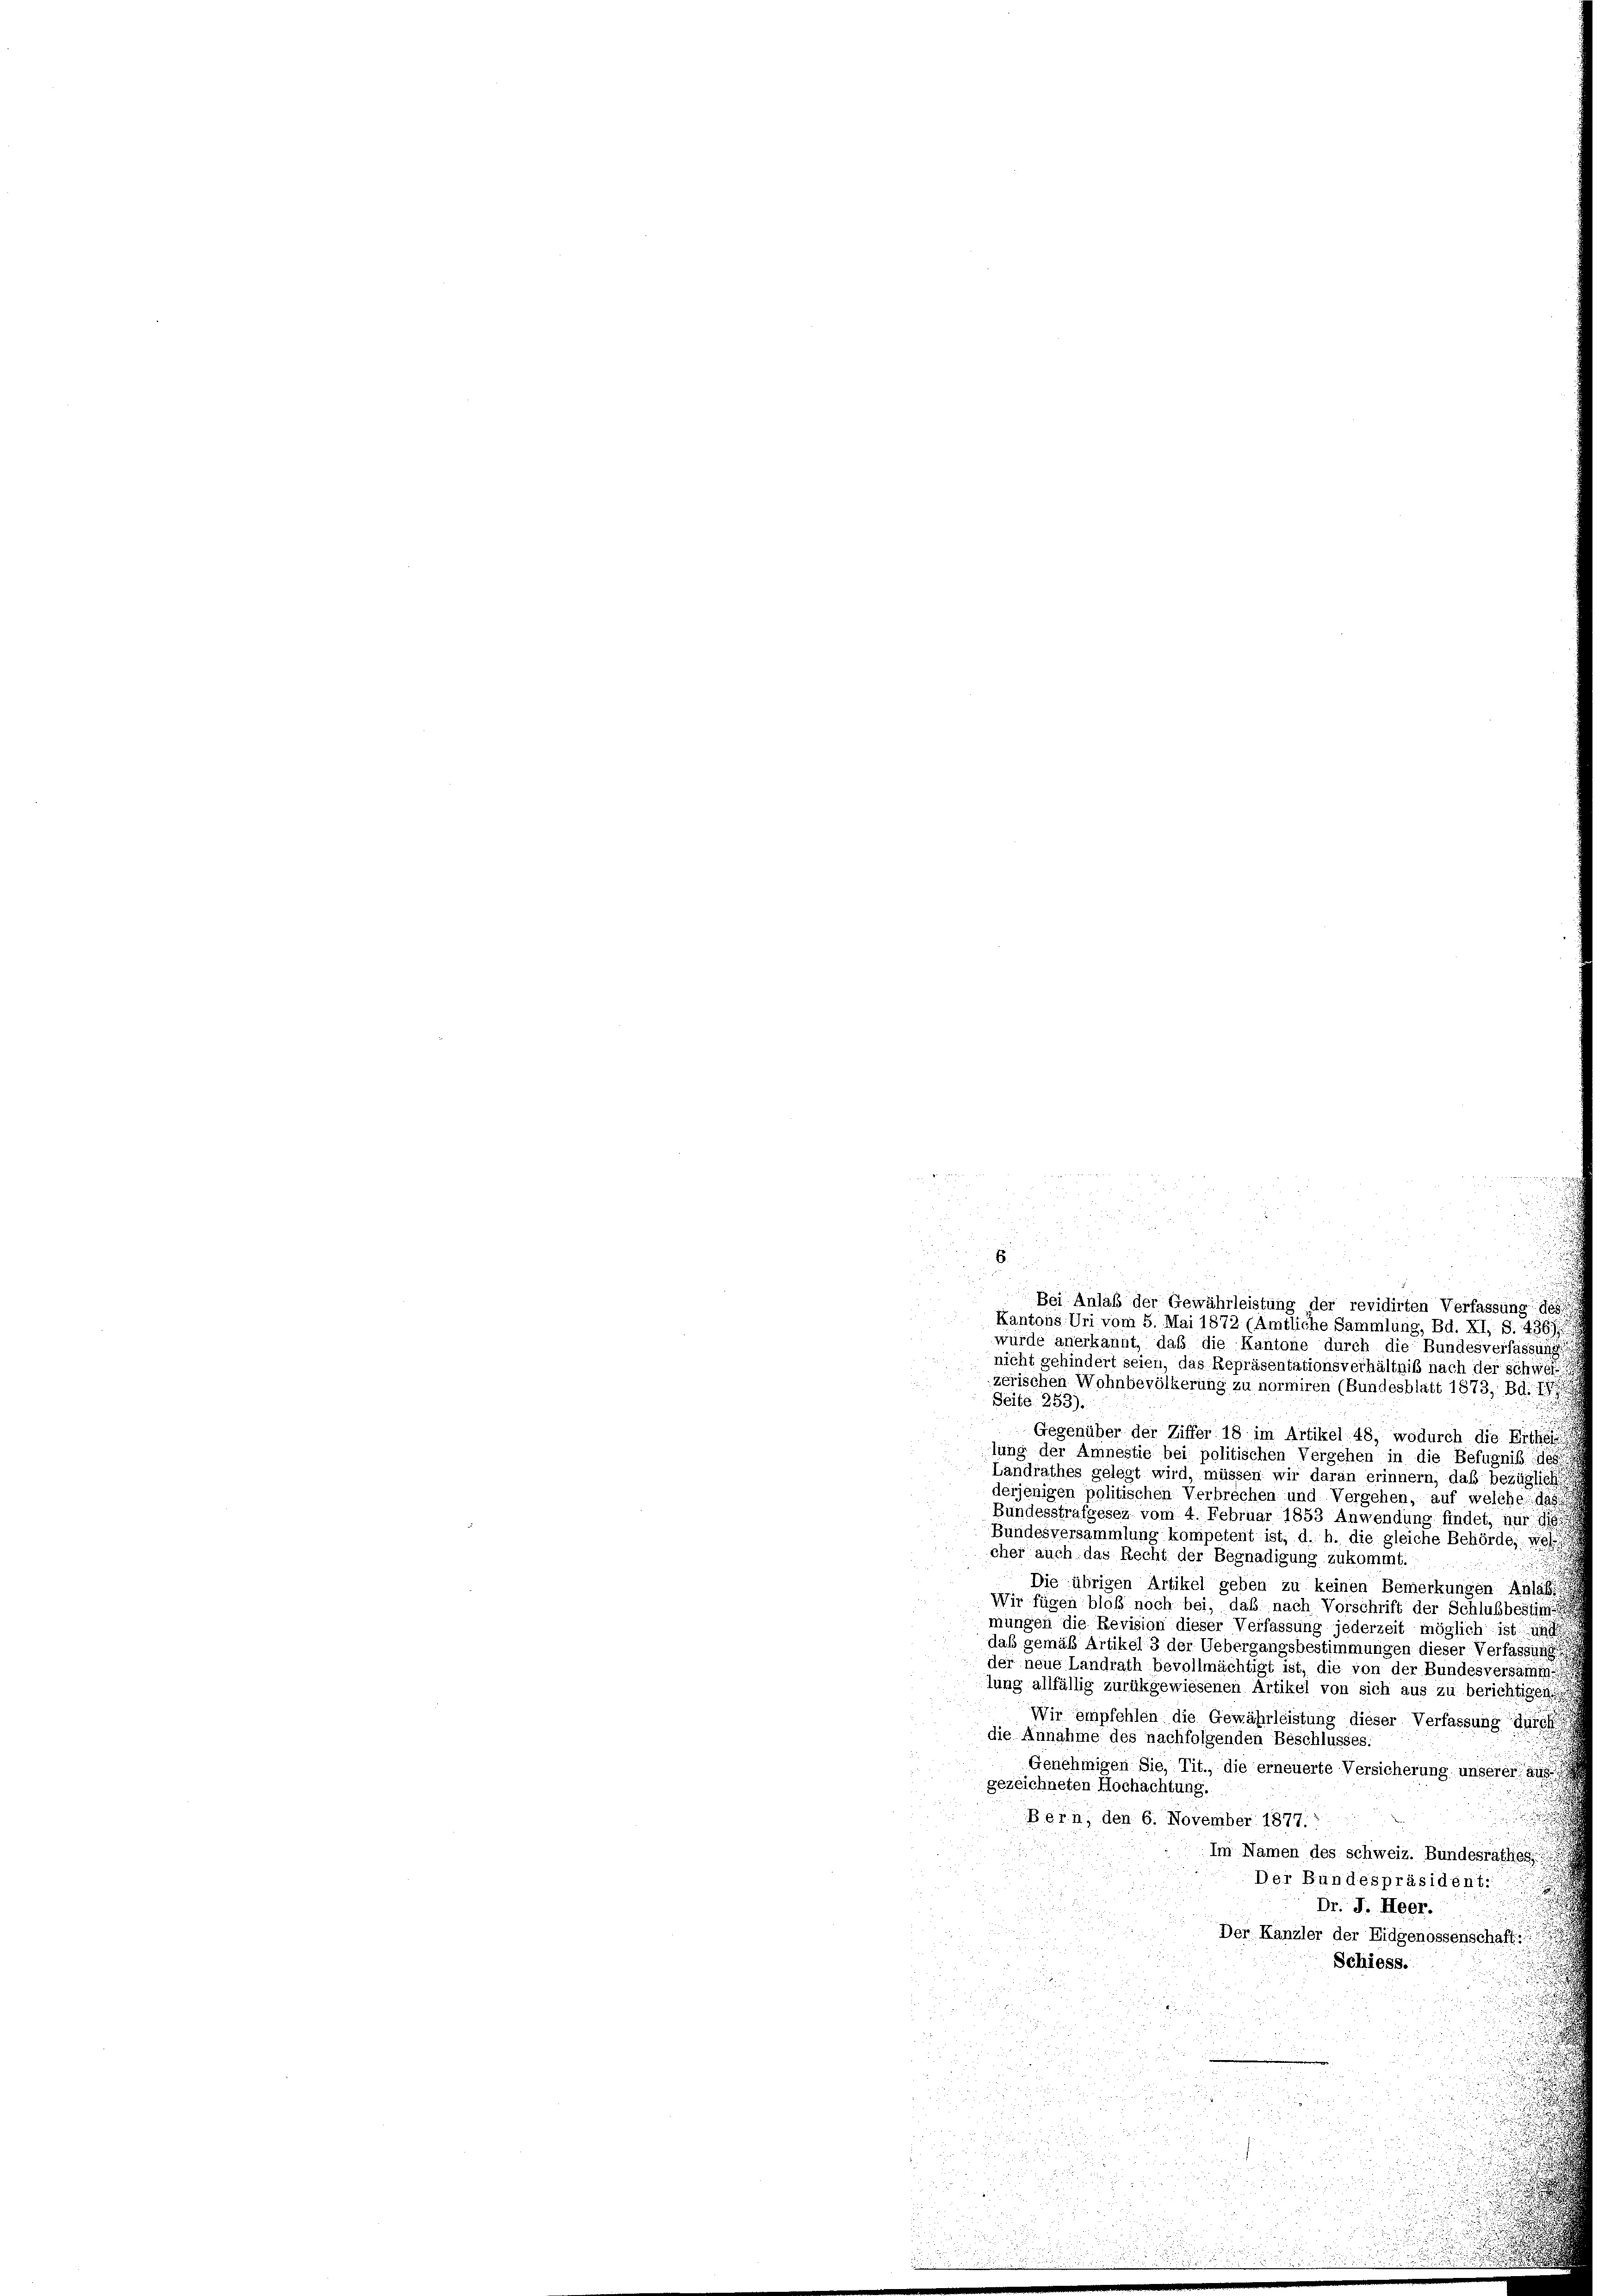
¬

würde anerkannt, daß die Kantone durch die Bundesverfassung
nicht gehindert seien, das Repräsentationsverhältniß nach der Schwei
zerischen Wohnbevölkerung zu normiren (Bundesblatt 1873, Bd. 1.
Seite 253).
Gegenüber der Ziffer 18 im Artikel 48, wodurch die Aufsi
lung der Amnestie bei politischen Vergehen in die Befugnis des
Landrathes gelegt wird, müssen wir daran erinnern, daß bezügliche
derjenigen politischen Verbrechen und Vergehen, auf welche das
Bundesstrafgesez vom 4. Februar 1853 Anwendung findet, nur 1
Bundesversammlung kompetent ist, d. h. die gleiche Behörde, wel
cher auch das Recht der Begnadigung zukommt.

Die übrigen Artikel geben zu keinen Bemerkungen Anlass
Wir fügen bloß noch bei, daß nach Vorschrift der Schlußbestim
mungen die Revision dieser Verfassung jederzeit möglich ist i
daß gemäß Artikel 3 der Uebergangsbestimmungen dieser Verfassung
der neue Landrath bevollmächtigt ist, die von der Bundesversamin
lung allfällig zurückgewiesenen Artikel von sich aus zu berichtigen
Wir empfehlen die Gewährleistung dieser Verfassung durc
die Annahme des nachfolgenden Beschlusses:
Genehmigen Sie, Tit., die erneuerte Versicherung unserer a
gezeichneten Hochachtung.

Bern, den 6. November 1877.
Im Namen des Schweiz. Bundesrathes
Der Bundespräsident:
Dr. J. Heer.
Der Kanzler der Eidgenossenschaft

Schiess.
3

e

e

u

u

Bei Anlaß der Gewährleistung der revidirten Verfassung de
Kantons. Uri vom 5. Mai 1872 (Amtliche Sammlung, Bd. XI, S. 436)